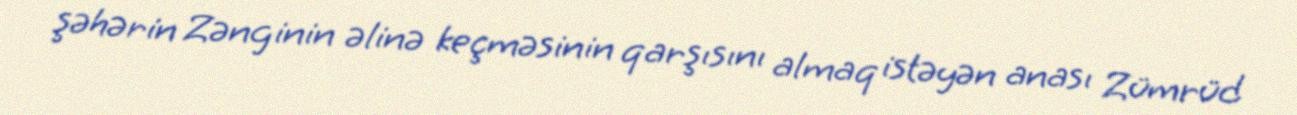
şəhərin Zənginin əlinə keçməsinin qarşısını almaq istəyən anası Zümrüd